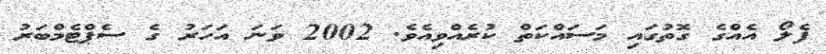
ފެލޯ އެއްގެ ގޮތުގައި މަސައްކަތް ކުރެއްވިއެވެ. 2002 ވަނަ އަހަރު ގެ ސެޕްޓެމްބަރު